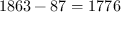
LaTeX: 1 8 6 3 - 8 7 = 1 7 7 6